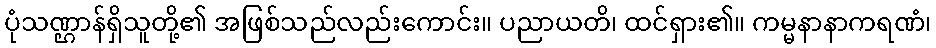
ပုံသဏ္ဌာန်ရှိသူတို့၏ အဖြစ်သည်လည်းကောင်း။ ပညာယတိ၊ ထင်ရှား၏။ ကမ္မနာနာကရဏံ၊